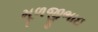
મૂળજીભાઇ